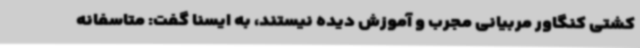
کشتی کنگاور مربیانی مجرب و آموزش دیده نیستند، به ایسنا گفت: متاسفانه